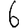
Digit: 6